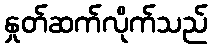
နှုတ်ဆက်လိုက်သည်